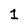
Character: 1